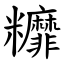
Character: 䊳